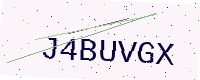
Text: J4BUVGX